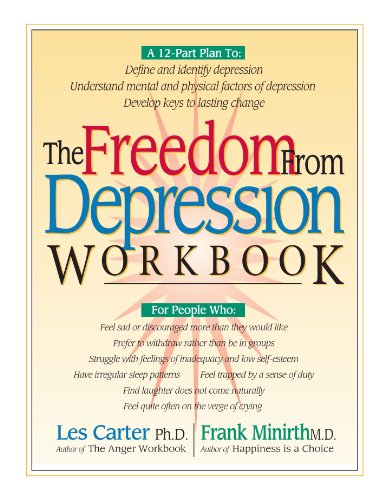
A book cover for The Freedom from Depression Workbook (Minirth Meier New Life Clinic Series); Frank Minirth; Health, Fitness & Dieting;